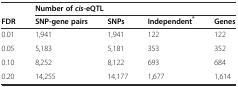
<table><thead><tr><td></td><td colspan="4"><b>Number of<i>cis</i>-eQTL</b></td></tr><tr><td><b>FDR</b></td><td><b>SNP-gene pairs</b></td><td><b>SNPs</b></td><td><b>Independent<sup>*</sup></b></td><td><b>Genes</b></td></tr></thead><tbody><tr><td>0.01</td><td>1,941</td><td>1,941</td><td>122</td><td>122</td></tr><tr><td>0.05</td><td>5,183</td><td>5,181</td><td>353</td><td>352</td></tr><tr><td>0.10</td><td>8,252</td><td>8,122</td><td>693</td><td>684</td></tr><tr><td>0.20</td><td>14,255</td><td>14,177</td><td>1,677</td><td>1,614</td></tr></tbody></table>